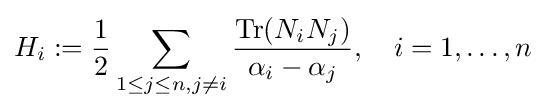
H_{i}:={\frac {1}{2}}\sum _{1\leq j\leq n,j\neq i}{{\rm {Tr}}(N_{i}N_{j}) \over \alpha _{i}-\alpha _{j}},\quad i=1,\dots ,n